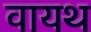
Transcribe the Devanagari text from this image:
वायथ